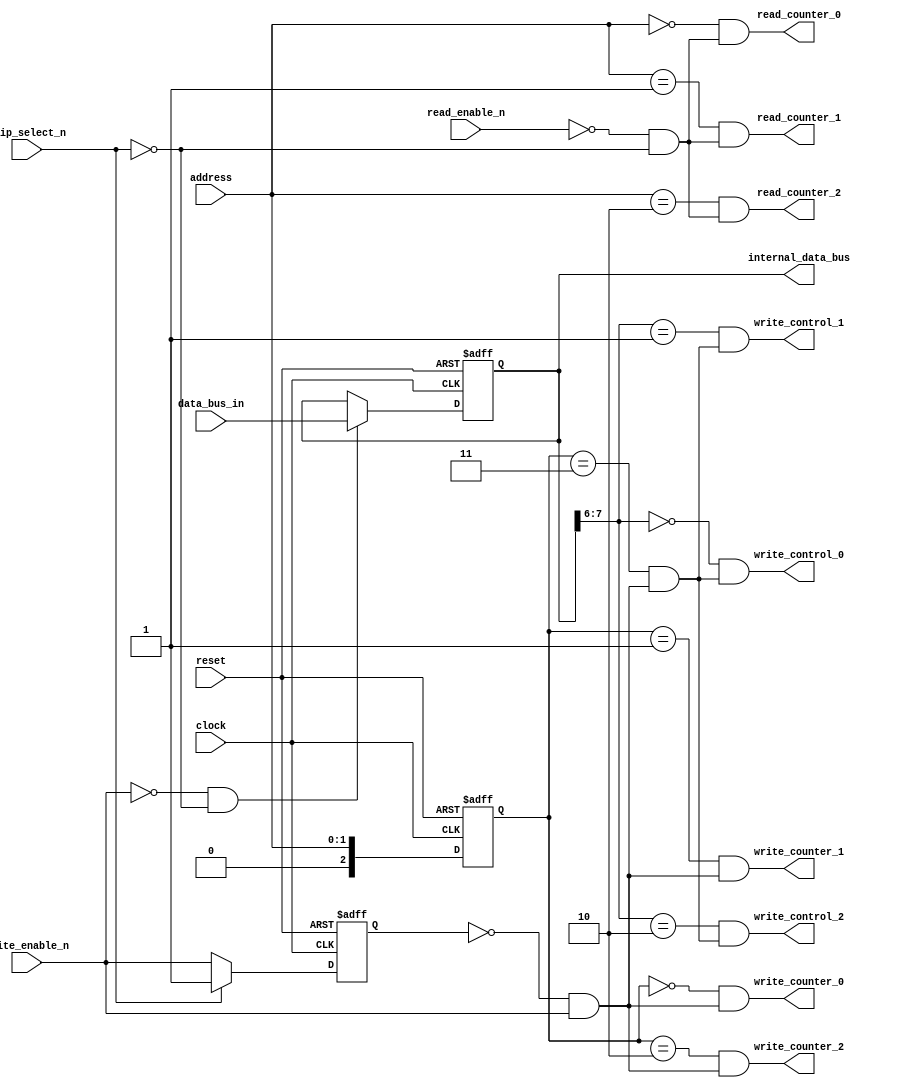
`default_nettype none

module KF8253_Control_Logic (
	input		wire					clock,
	input		wire					reset,
	input		wire					chip_select_n,
	input		wire					read_enable_n,
	input		wire					write_enable_n,
	input		wire	[1:0]			address,
	input		wire	[7:0]			data_bus_in,
	output	reg	[7:0]			internal_data_bus,
	output	wire					write_control_0,
	output	wire					write_control_1,
	output	wire					write_control_2,
	output	wire					write_counter_0,
	output	wire					write_counter_1,
	output	wire					write_counter_2,
	output	wire					read_counter_0,
	output	wire					read_counter_1,
	output	wire					read_counter_2
	);

	reg prev_write_enable_n;
	wire write_flag;
	wire write_control;
	reg [2:0] stable_address;
	wire read_flag;
	always @(posedge clock or posedge reset)
		if (reset)
			internal_data_bus <= 8'b00000000;
		else if (~write_enable_n & ~chip_select_n)
			internal_data_bus <= data_bus_in;
		else
			internal_data_bus <= internal_data_bus;
	always @(posedge clock or posedge reset)
		if (reset)
			prev_write_enable_n <= 1'b1;
		else if (chip_select_n)
			prev_write_enable_n <= 1'b1;
		else
			prev_write_enable_n <= write_enable_n;
	assign write_flag = ~prev_write_enable_n & write_enable_n;
	always @(posedge clock or posedge reset)
		if (reset)
			stable_address <= 2'b00;
		else
			stable_address <= address;
	assign write_counter_0 = (stable_address == 2'b00) & write_flag;
	assign write_counter_1 = (stable_address == 2'b01) & write_flag;
	assign write_counter_2 = (stable_address == 2'b10) & write_flag;
	assign write_control = (stable_address == 2'b11) & write_flag;
	assign write_control_0 = (internal_data_bus[7:6] == 2'b00) & write_control;
	assign write_control_1 = (internal_data_bus[7:6] == 2'b01) & write_control;
	assign write_control_2 = (internal_data_bus[7:6] == 2'b10) & write_control;
	assign read_flag = ~read_enable_n & ~chip_select_n;
	assign read_counter_0 = (address == 2'b00) & read_flag;
	assign read_counter_1 = (address == 2'b01) & read_flag;
	assign read_counter_2 = (address == 2'b10) & read_flag;
endmodule